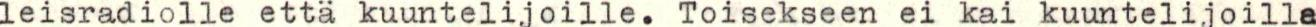
leisradiolle että kuuntelijoille. Toisekseen ei kai kuuntelijoilla